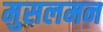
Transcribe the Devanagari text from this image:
मुसलमन